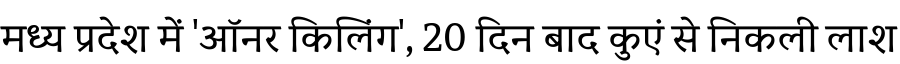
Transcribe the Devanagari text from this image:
मध्य प्रदेश में 'ऑनर किलिंग', 20 दिन बाद कुएं से निकली लाश